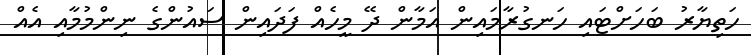
ހަތިޔާރު ބަހަށްޓައި ހަނގުރާމައިން އަމާން ދޭ މީހެއް ފަދައިން ސައުންގެ ނިންމުމާއި އެއް